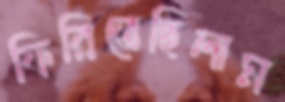
ফিরিতেছিলাম